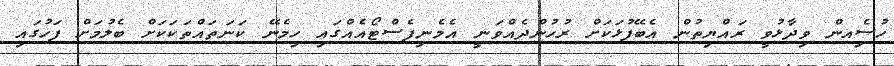
ހުސެިއން ވިދާޅުވީ ރައްޔިތުން އެބޭފުޅަކަށް ރުހުންދެއްވަނީ އެމެނިފެސްޓޯއެއްގައި ހިމެނޭ ކަނަތައްތަކަކަށް ބެލުމަށް ފަހުގައި